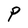
Character: P